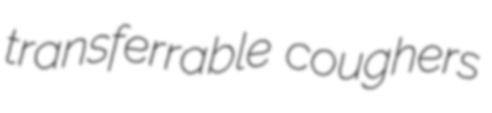
transferrable coughers